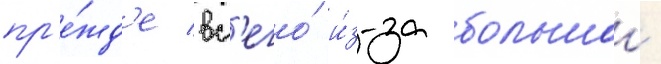
пр'е́жд'е вс'его́ и́з-за большои